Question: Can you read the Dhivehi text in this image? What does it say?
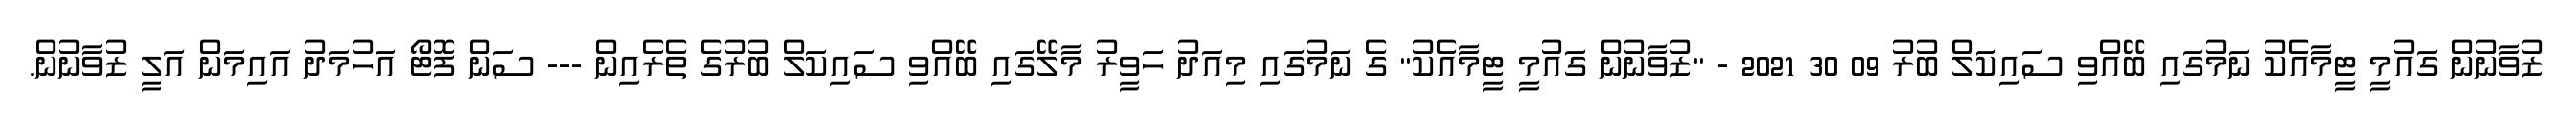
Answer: ޒުވާނުން ގައުމީ ޓީމާއެކު ނަމުގައި ބޭއްވި ސައިކަލް ބުރު 09 30 2021 - "ޒުވާނުން ގައުމީ ޓީމާއެކު" ގެ ނަމުގައި މިއަދު ހަވީރު މާލޭގައި ބޭއްވި ސައިކަލް ބުރުގެ ތެރެއިން --- ސަން ފޮޓޯ އަހުމަދު އައިމަން އަލީ ޒުވާނުން.